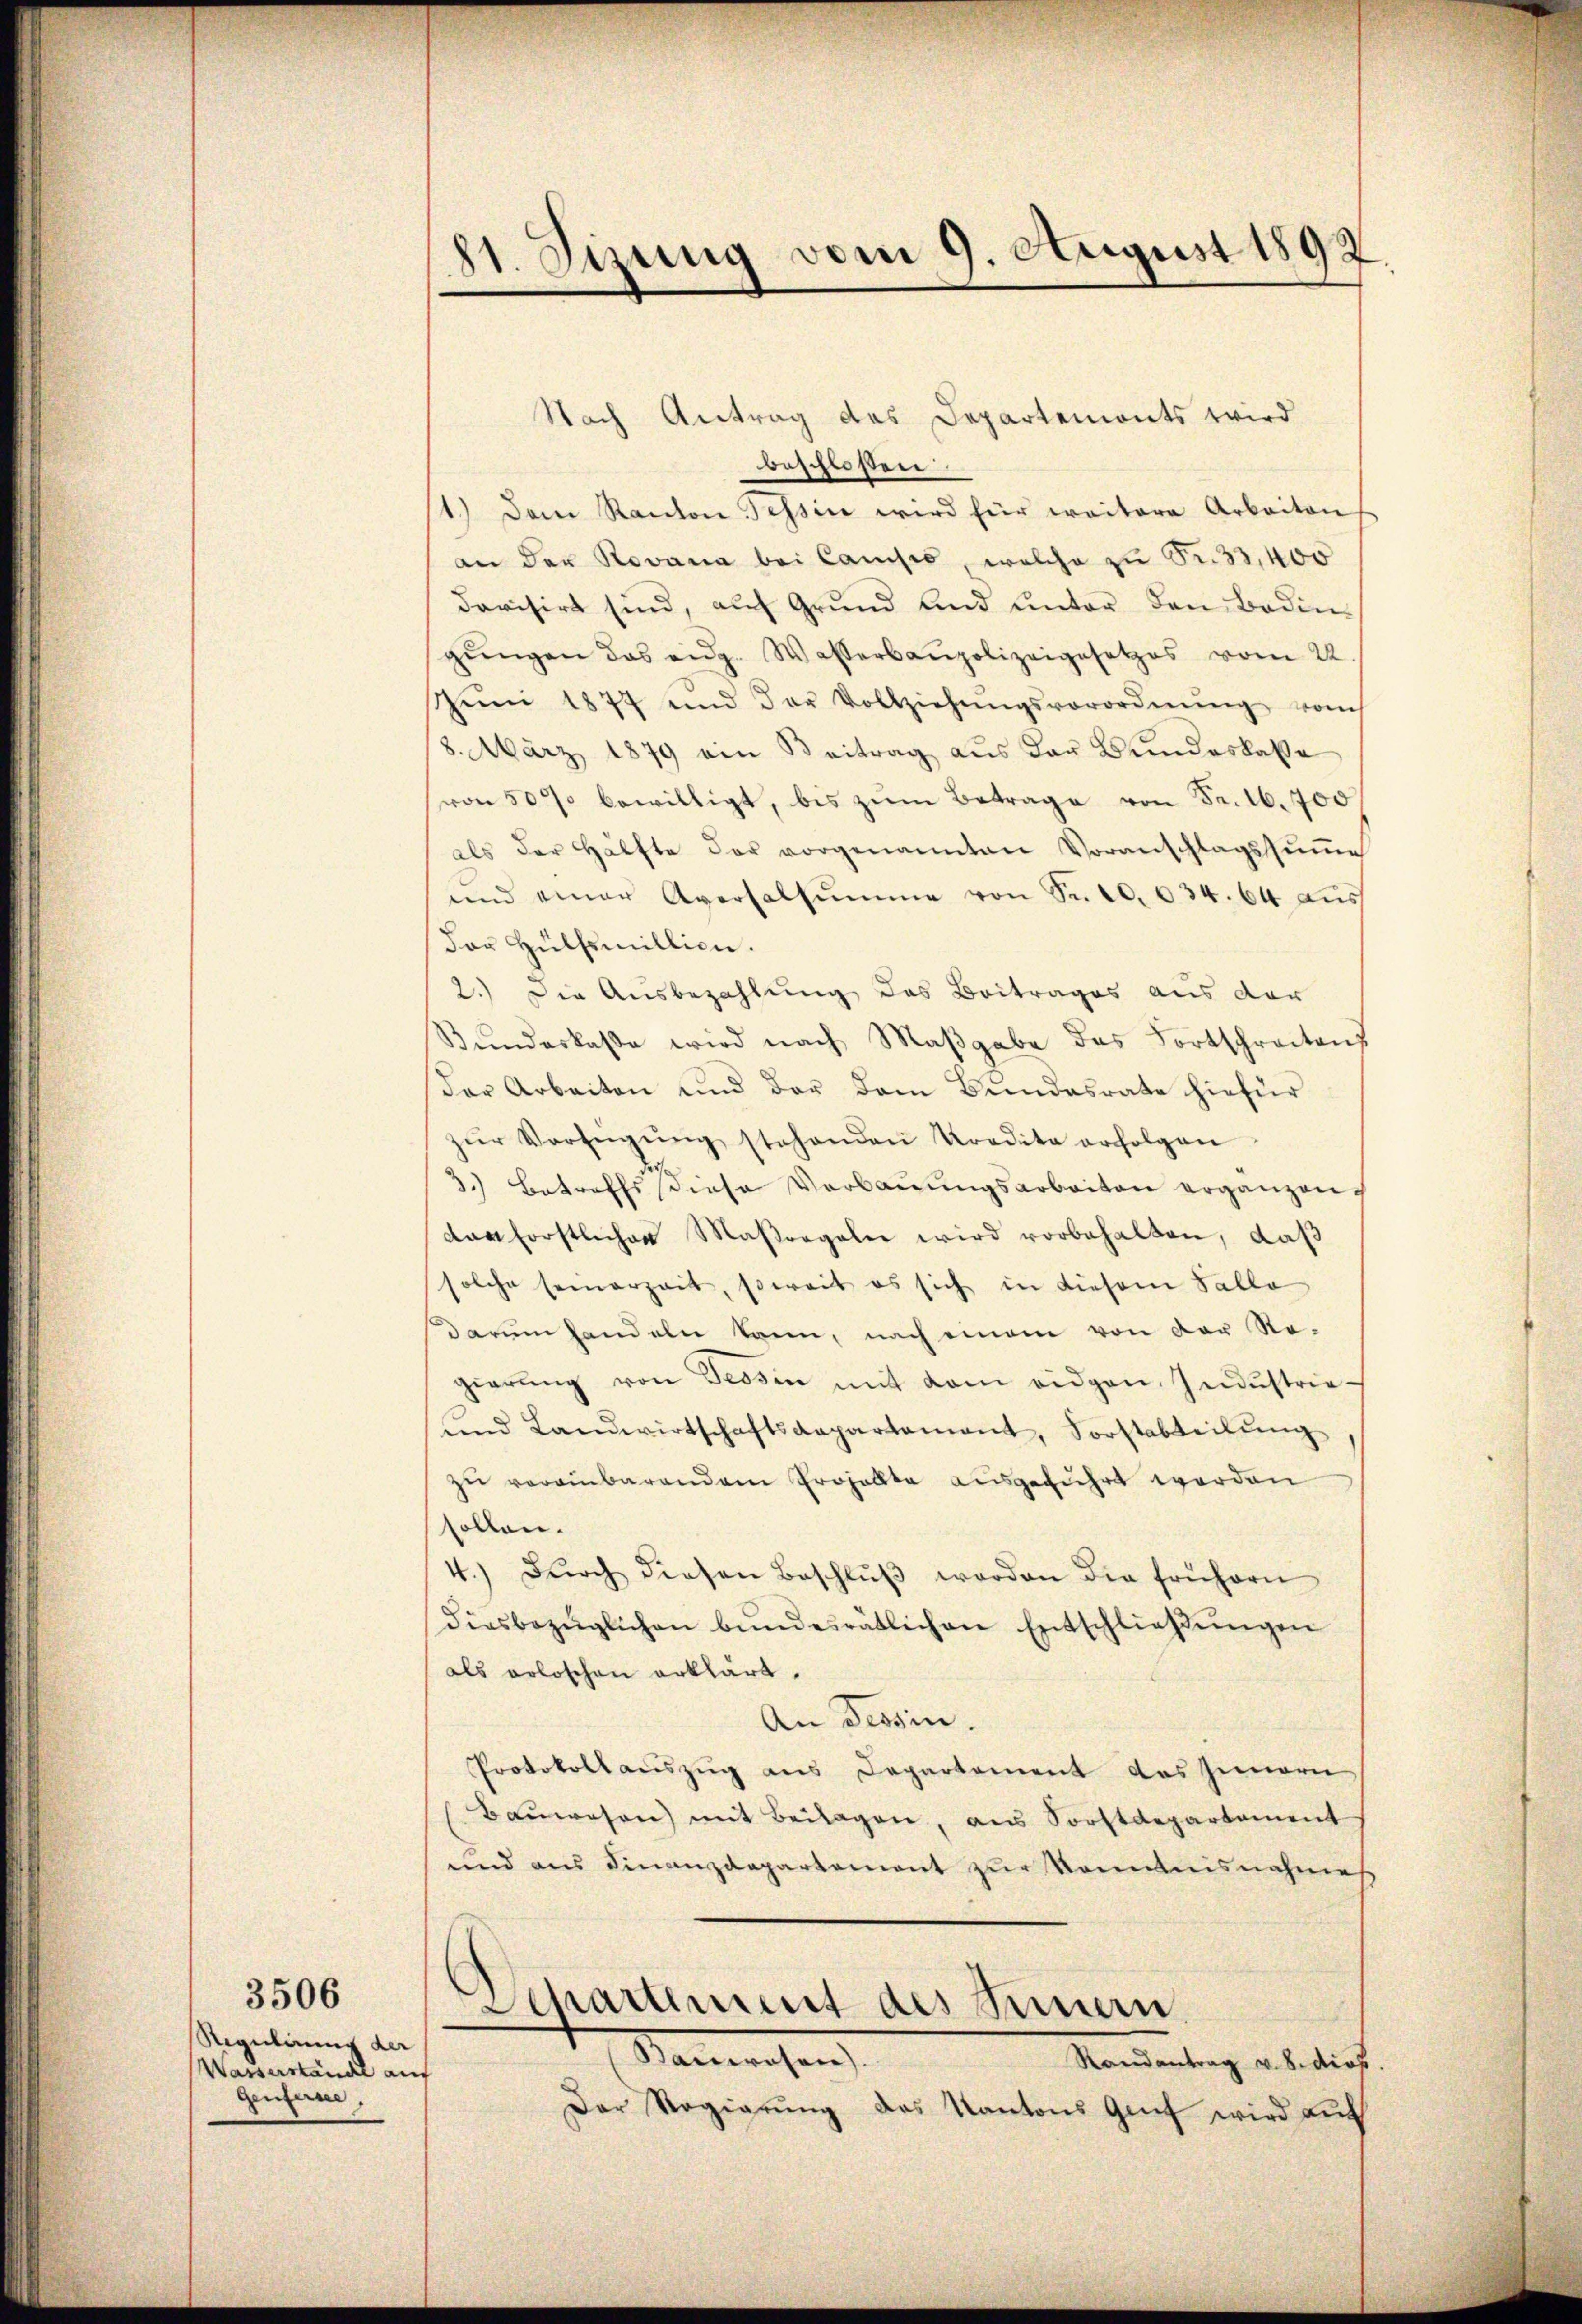
Regulirung der |
Wasserstände auf
Genfersee,

3506

81. Sizung vom 9. August 1892

Nach Antrag des Departemonts wird
beschloßen
1.) Dem Kanton Tessin wird für weitere Arbeiten
an der Rovana bei Camisis welche zu S. 33,400
davisirt sind, auf Grund und unter den Bedin-
gŭngen das eidg. Wasserbaupolizeigesetzes vom 22.
Zei 1877 und der Vollziehŭngsverordnŭng vom
8. März 1879 ein Beitrag aŭs der Bŭndeskasse
von 50 bewilligt, bis zŭm Betrage von Fr. 16. 700
als der Hälfte der vorgenannten Voranschlagssŭṁe
und einer Aversalsumme von Sr. 10. 634. 64 aus
der Hülfsmillien.
2.) Die Ausbezahlung des Beitrages aus der
Bŭndeskaβe wird nach Maβgabe das Fortschreitens
der Arbeiten und der dem Bundesrate hiefür
zŭr Verfügŭng stehenden Kredita erfolgen
3.) Betreffs diese Verbauungsarbeiten ergänzen.
dan forstlicher Maßregaler wird vorbehalten, daß
solche seinerzeit, soweit es sich in diesem Falle
darum handeln kann, nach einem von der Re-
gierŭng von Tessin mit dem eidgen. Indŭstrieŭnd Landwirtschaftsaepartament, Forstabteilŭng
zŭ verainbarendem Prohallte ausgeführt worden
sollen.
4.) Dŭrch diesen Beschlŭβ worden die frühern
diesbezüglichen bŭndesrätlichen Entschlieβŭngen
als erloschen erklärt.
An Tessin.
Protokollauszug aus Departement das Innern
Bauwesen mit Beilagen, aus Sorstdepartament
und aus Finanzdepartement zur Kenntnisnahme
Departement des Sinnern
Sanwachen
Randantrag v. 8. dies
Der Regierŭng des Kantons Genf wird auf